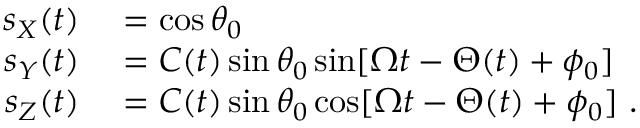
\begin{array} { r l } { s _ { X } ( t ) } & { { } = \cos \theta _ { 0 } } \\ { s _ { Y } ( t ) } & { { } = C ( t ) \sin \theta _ { 0 } \sin [ \Omega t - \Theta ( t ) + \phi _ { 0 } ] } \\ { s _ { Z } ( t ) } & { { } = C ( t ) \sin \theta _ { 0 } \cos [ \Omega t - \Theta ( t ) + \phi _ { 0 } ] \ . } \end{array}